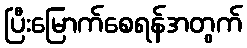
ပြီးမြောက်စေရန်အတွက်